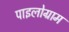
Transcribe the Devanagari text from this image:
पाइलोग्राम